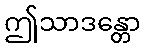
ဤသာဒန္တော